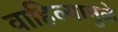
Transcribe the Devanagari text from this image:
वाहिल्यामुळे